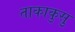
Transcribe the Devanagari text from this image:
ताकाकुसु